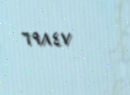
٦٩٨٤٧